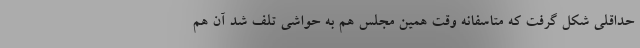
حداقلی شکل گرفت که متاسفانه وقت همین مجلس هم به حواشی تلف شد آن هم